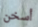
أسخن